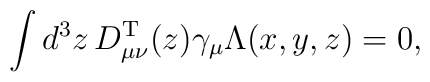
\int d^3z\,D_{\mu \nu}^{\rm T}(z) \gamma_\mu \Lambda(x,y,z) = 0,